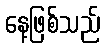
နေ့ဖြစ်သည်